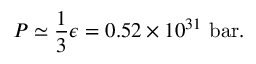
P \simeq { \frac { 1 } { 3 } } \epsilon = 0 . 5 2 \times 1 0 ^ { 3 1 } ~ { \mathrm { b a r } } .